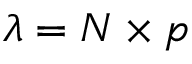
\lambda = N \times p